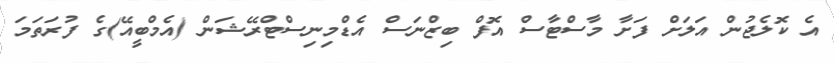
އެ ކޮލެޖުން އަލަށް ފަށާ މާސްޓާސް އޮފް ބިޒްނަސް އެޑްމިނިސްޓްރޭޝަން (އެމްބީއޭ)ގެ ފުރަތަމަ